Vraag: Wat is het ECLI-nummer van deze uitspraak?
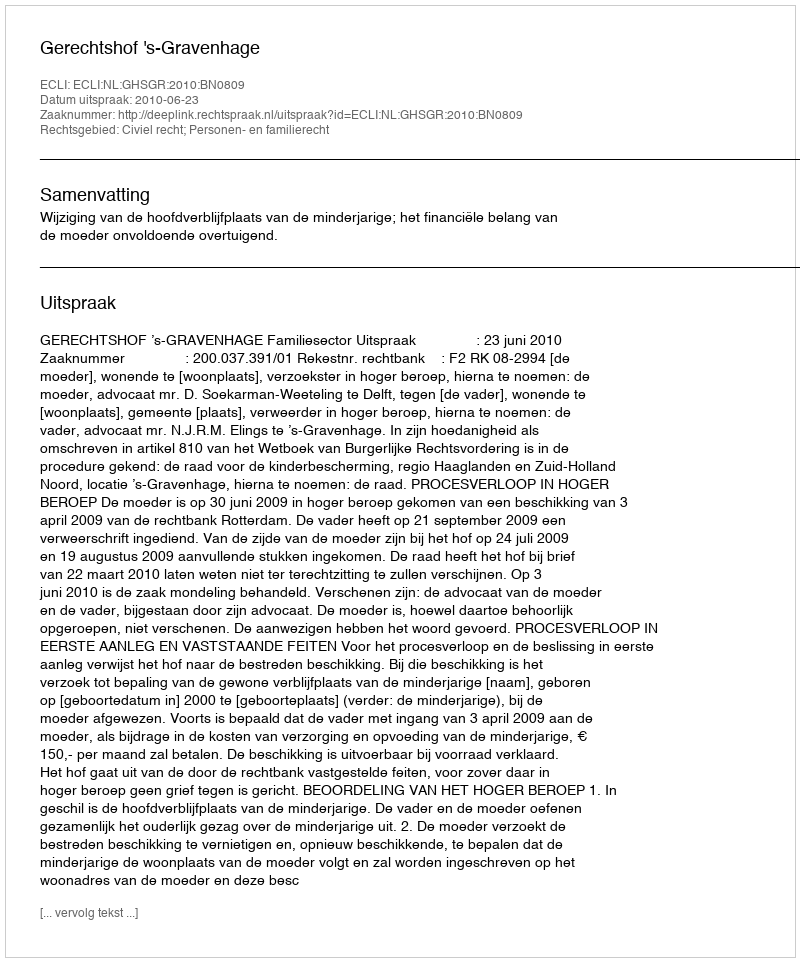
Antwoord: ECLI:NL:GHSGR:2010:BN0809